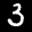
Label: 3